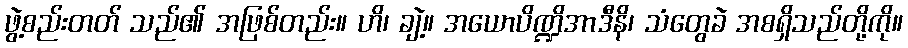
ဖွဲ့စည်းတတ် သည်၏ အဖြစ်တည်း။ ဟိ၊ ချဲ့။ အယောပိဏ္ဍိအာဒီနိ၊ သံတွေခဲ အစရှိသည်တို့ကို။